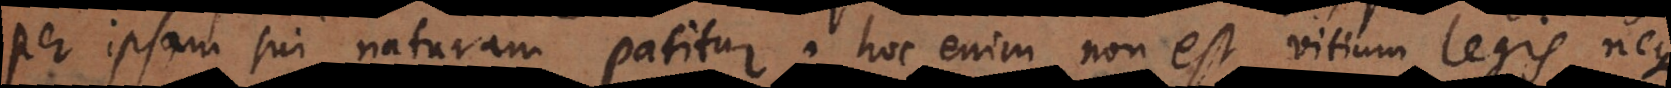
per ipsam sui naturam patitur; hoc enim non est vitium legis, neque